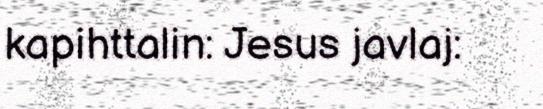
kapihttalin: Jesus javlaj: